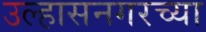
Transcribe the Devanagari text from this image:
उल्हासनगरच्या